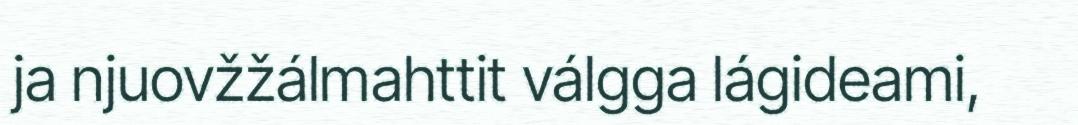
ja njuovžžálmahttit válgga lágideami,